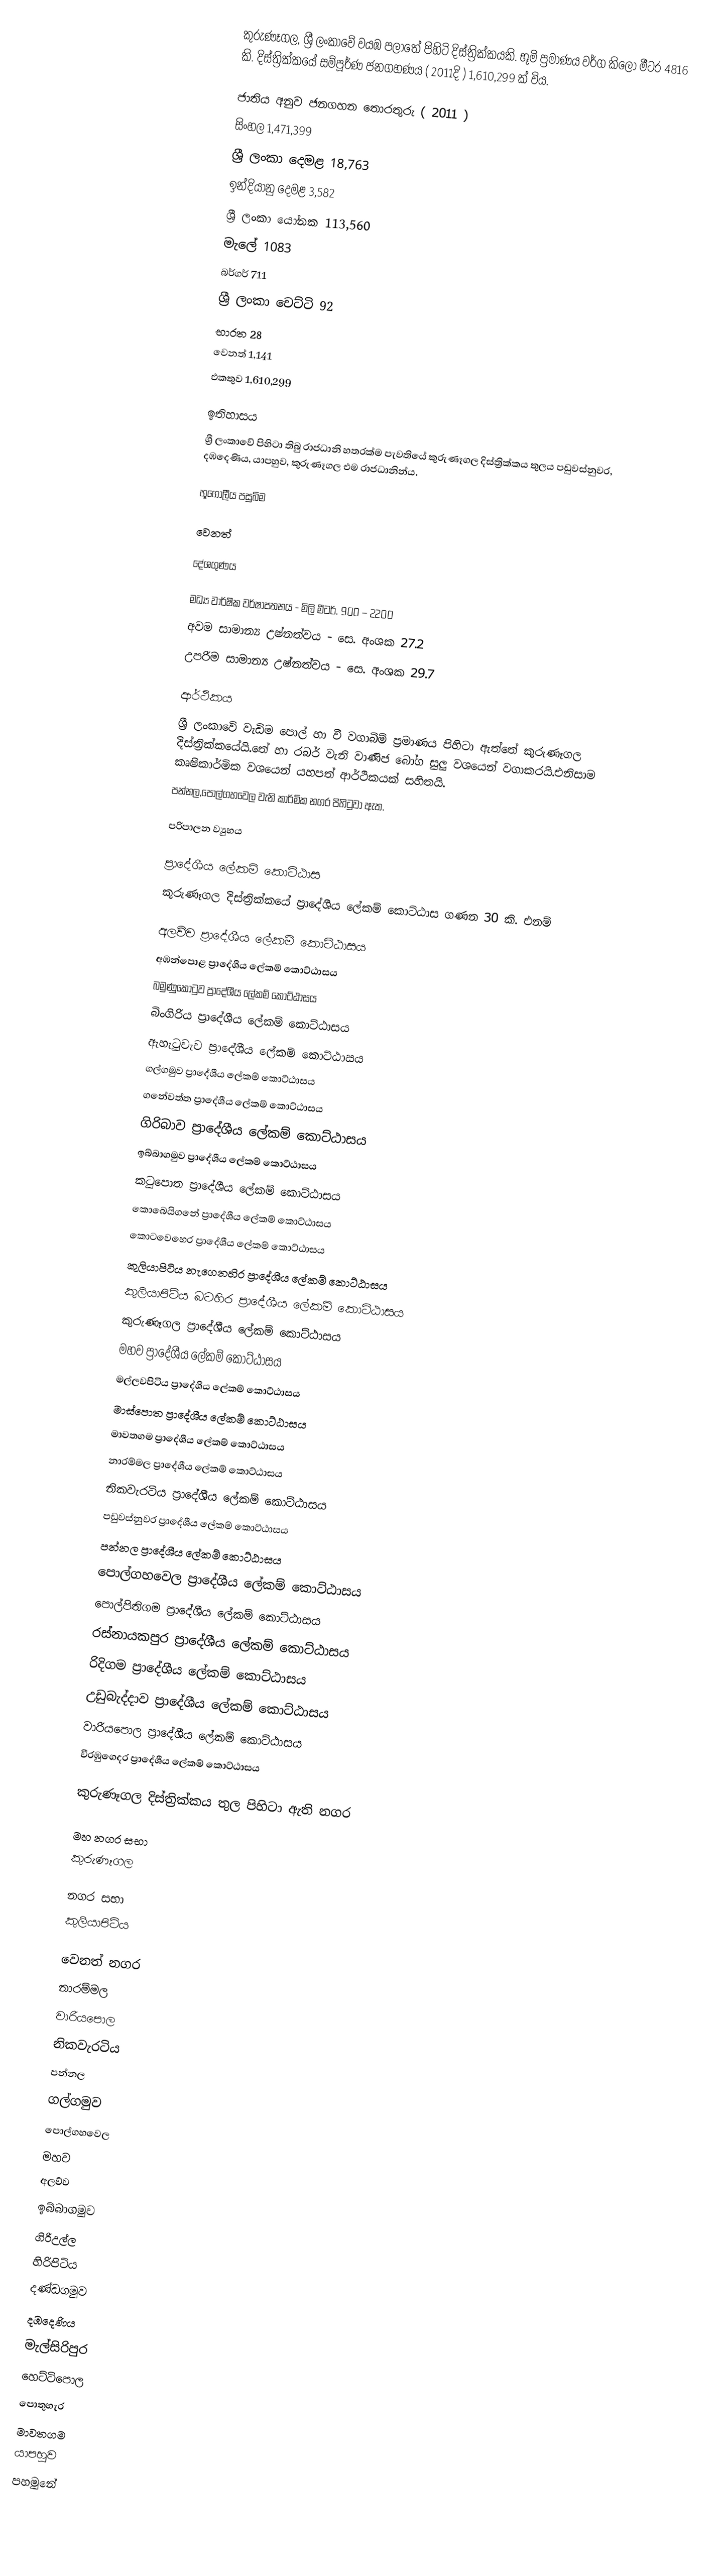
කුරුණෑගල, ශ්‍රී ලංකාවේ වයඹ පලාතේ පිහිටි දිස්ත්‍රික්කයකි. භූමි ප්‍රමාණය වර්ග කිලෝ මීටර 4816 කි. දිස්ත්‍රික්කයේ සම්පූර්ණ ජනගහණය ( 2011දි ) 1,610,299 ක් විය.

ජාතිය අනුව ජනගහන තොරතුරු ( 2011 )
 සිංහල 1,471,399
ශ්‍රී ලංකා දෙමළ 18,763
ඉන්දියානු දෙමළ 3,582
ශ්‍රී ලංකා යෝනක 113,560
මැලේ 1083
බර්ගර් 711
ශ්‍රී ලංකා චෙට්ටි 92
භාරත 28
වෙනත් 1,141
එකතුව 1,610,299

ඉතිහාසය
ශ්‍රී ලංකාවේ පිහිටා තිබු රාජධානි හතරක්ම පැවතියේ කුරුණෑගල දිස්ත්‍රික්කය තුලය පඩුවස්නුවර, දඹදෙණිය, යාපහුව, කුරුණෑගල එම රාජධානින්ය.

භූගෝලීය පසුබිම

වෙනත්

දේශගුණය

   මධ්‍ය වාර්ෂික වර්ෂාපතනය       - මිලි මීටර්. 900 – 2200
   අවම සාමාන්‍ය උෂ්නත්වය   - සෙ. අංශක 27.2
   උපරිම සාමාන්‍ය උෂ්නත්වය - සෙ. අංශක 29.7

ආර්ථිකය
ශ්‍රී ලංකාවෙි වැඩිම පොල් හා වී වගාබිම් ප්‍රමාණය පිහිටා ඇත්තේ කුරුණෑගල දිස්ත්‍රික්කයේයි.තේ හා රබර් වැනි වාණිජ බෝග සුලු වශයෙන් වගාකරයි.එනිසාම කෘෂිකාර්මික වශයෙන් යහපත් ආර්ථිකයක් සහිතයි.
පන්නල,පොල්ගහවෙල වැනි කාර්මික නගර පිහිටුවා ඇත.

පරිපාලන ව්‍යුහය

ප්‍රාදේශීය ලේකම් කොට්ඨාස
කුරුණෑගල දිස්ත්‍රික්කයේ ප්‍රාදේශීය ලේකම් කොට්ඨාස ගණන 30 කි. එනම්

 අලව්ව ප්‍රාදේශීය ලේකම් කොට්ඨාසය
 අඹන්පොළ ප්‍රාදේශීය ලේකම් කොට්ඨාසය
 බමුණුකොටුව ප්‍රාදේශීය ලේකම් කොට්ඨාසය
 බිංගිරිය ප්‍රාදේශීය ලේකම් කොට්ඨාසය
 ඇහැටුවැව ප්‍රාදේශීය ලේකම් කොට්ඨාසය
 ගල්ගමුව ප්‍රාදේශීය ලේකම් කොට්ඨාසය
 ගනේවත්ත ප්‍රාදේශීය ලේකම් කොට්ඨාසය
 ගිරිබාව ප්‍රාදේශීය ලේකම් කොට්ඨාසය
 ඉබ්බාගමුව ප්‍රාදේශීය ලේකම් කොට්ඨාසය
 කටුපොත ප්‍රාදේශීය ලේකම් කොට්ඨාසය
 කොබෙයිගනේ ප්‍රාදේශීය ලේකම් කොට්ඨාසය
 කොටවෙහෙර ප්‍රාදේශීය ලේකම් කොට්ඨාසය
 කුලියාපිටිය නැගෙනහිර ප්‍රාදේශීය ලේකම් කොට්ඨාසය
 කුලියාපිටිය බටහිර ප්‍රාදේශීය ලේකම් කොට්ඨාසය
 කුරුණෑගල ප්‍රාදේශීය ලේකම් කොට්ඨාසය
 මහව ප්‍රාදේශීය ලේකම් කොට්ඨාසය
 මල්ලවපිටිය ප්‍රාදේශීය ලේකම් කොට්ඨාසය
 මාස්පොත ප්‍රාදේශීය ලේකම් කොට්ඨාසය
 මාවතගම ප්‍රාදේශීය ලේකම් කොට්ඨාසය
 නාරම්මල ප්‍රාදේශීය ලේකම් කොට්ඨාසය
 නිකවැරටිය ප්‍රාදේශීය ලේකම් කොට්ඨාසය
 පඩුවස්නුවර ප්‍රාදේශීය ලේකම් කොට්ඨාසය
 පන්නල ප්‍රාදේශීය ලේකම් කොට්ඨාසය
 පොල්ගහවෙල ප්‍රාදේශීය ලේකම් කොට්ඨාසය
 පොල්පිතිගම ප්‍රාදේශීය ලේකම් කොට්ඨාසය
 රස්නායකපුර ප්‍රාදේශීය ලේකම් කොට්ඨාසය
 රිදිගම ප්‍රාදේශීය ලේකම් කොට්ඨාසය
 උඩුබැද්දාව ප්‍රාදේශීය ලේකම් කොට්ඨාසය
 වාරියපොල ප්‍රාදේශීය ලේකම් කොට්ඨාසය
 වීරඹුගෙදර ප්‍රාදේශීය ලේකම් කොට්ඨාසය

කුරුණෑගල දිස්ත්‍රික්කය තුල පිහිටා ඇති නගර

මහ නගර සභා
 කුරුණෑගල

නගර සභා
 කුලියාපිටිය

වෙනත් නගර
 නාරම්මල
 වාරියපොල
 නිකවැරටිය
 පන්නල
 ගල්ගමුව
 පොල්ගහවෙල
 මහව
 අලව්ව
 ඉබ්බාගමුව
 ගිරිඋල්ල
 හිරිපිටිය
 දණ්ඩගමුව
 දඹදෙණිය
 මැල්සිරිපුර
 හෙට්ටිපොල
 පොතුහැර
 මාවතගම
 යාපහුව
 පහමුනේ